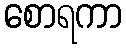
စောရကာ